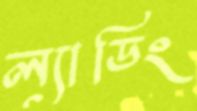
ল্যাডিং